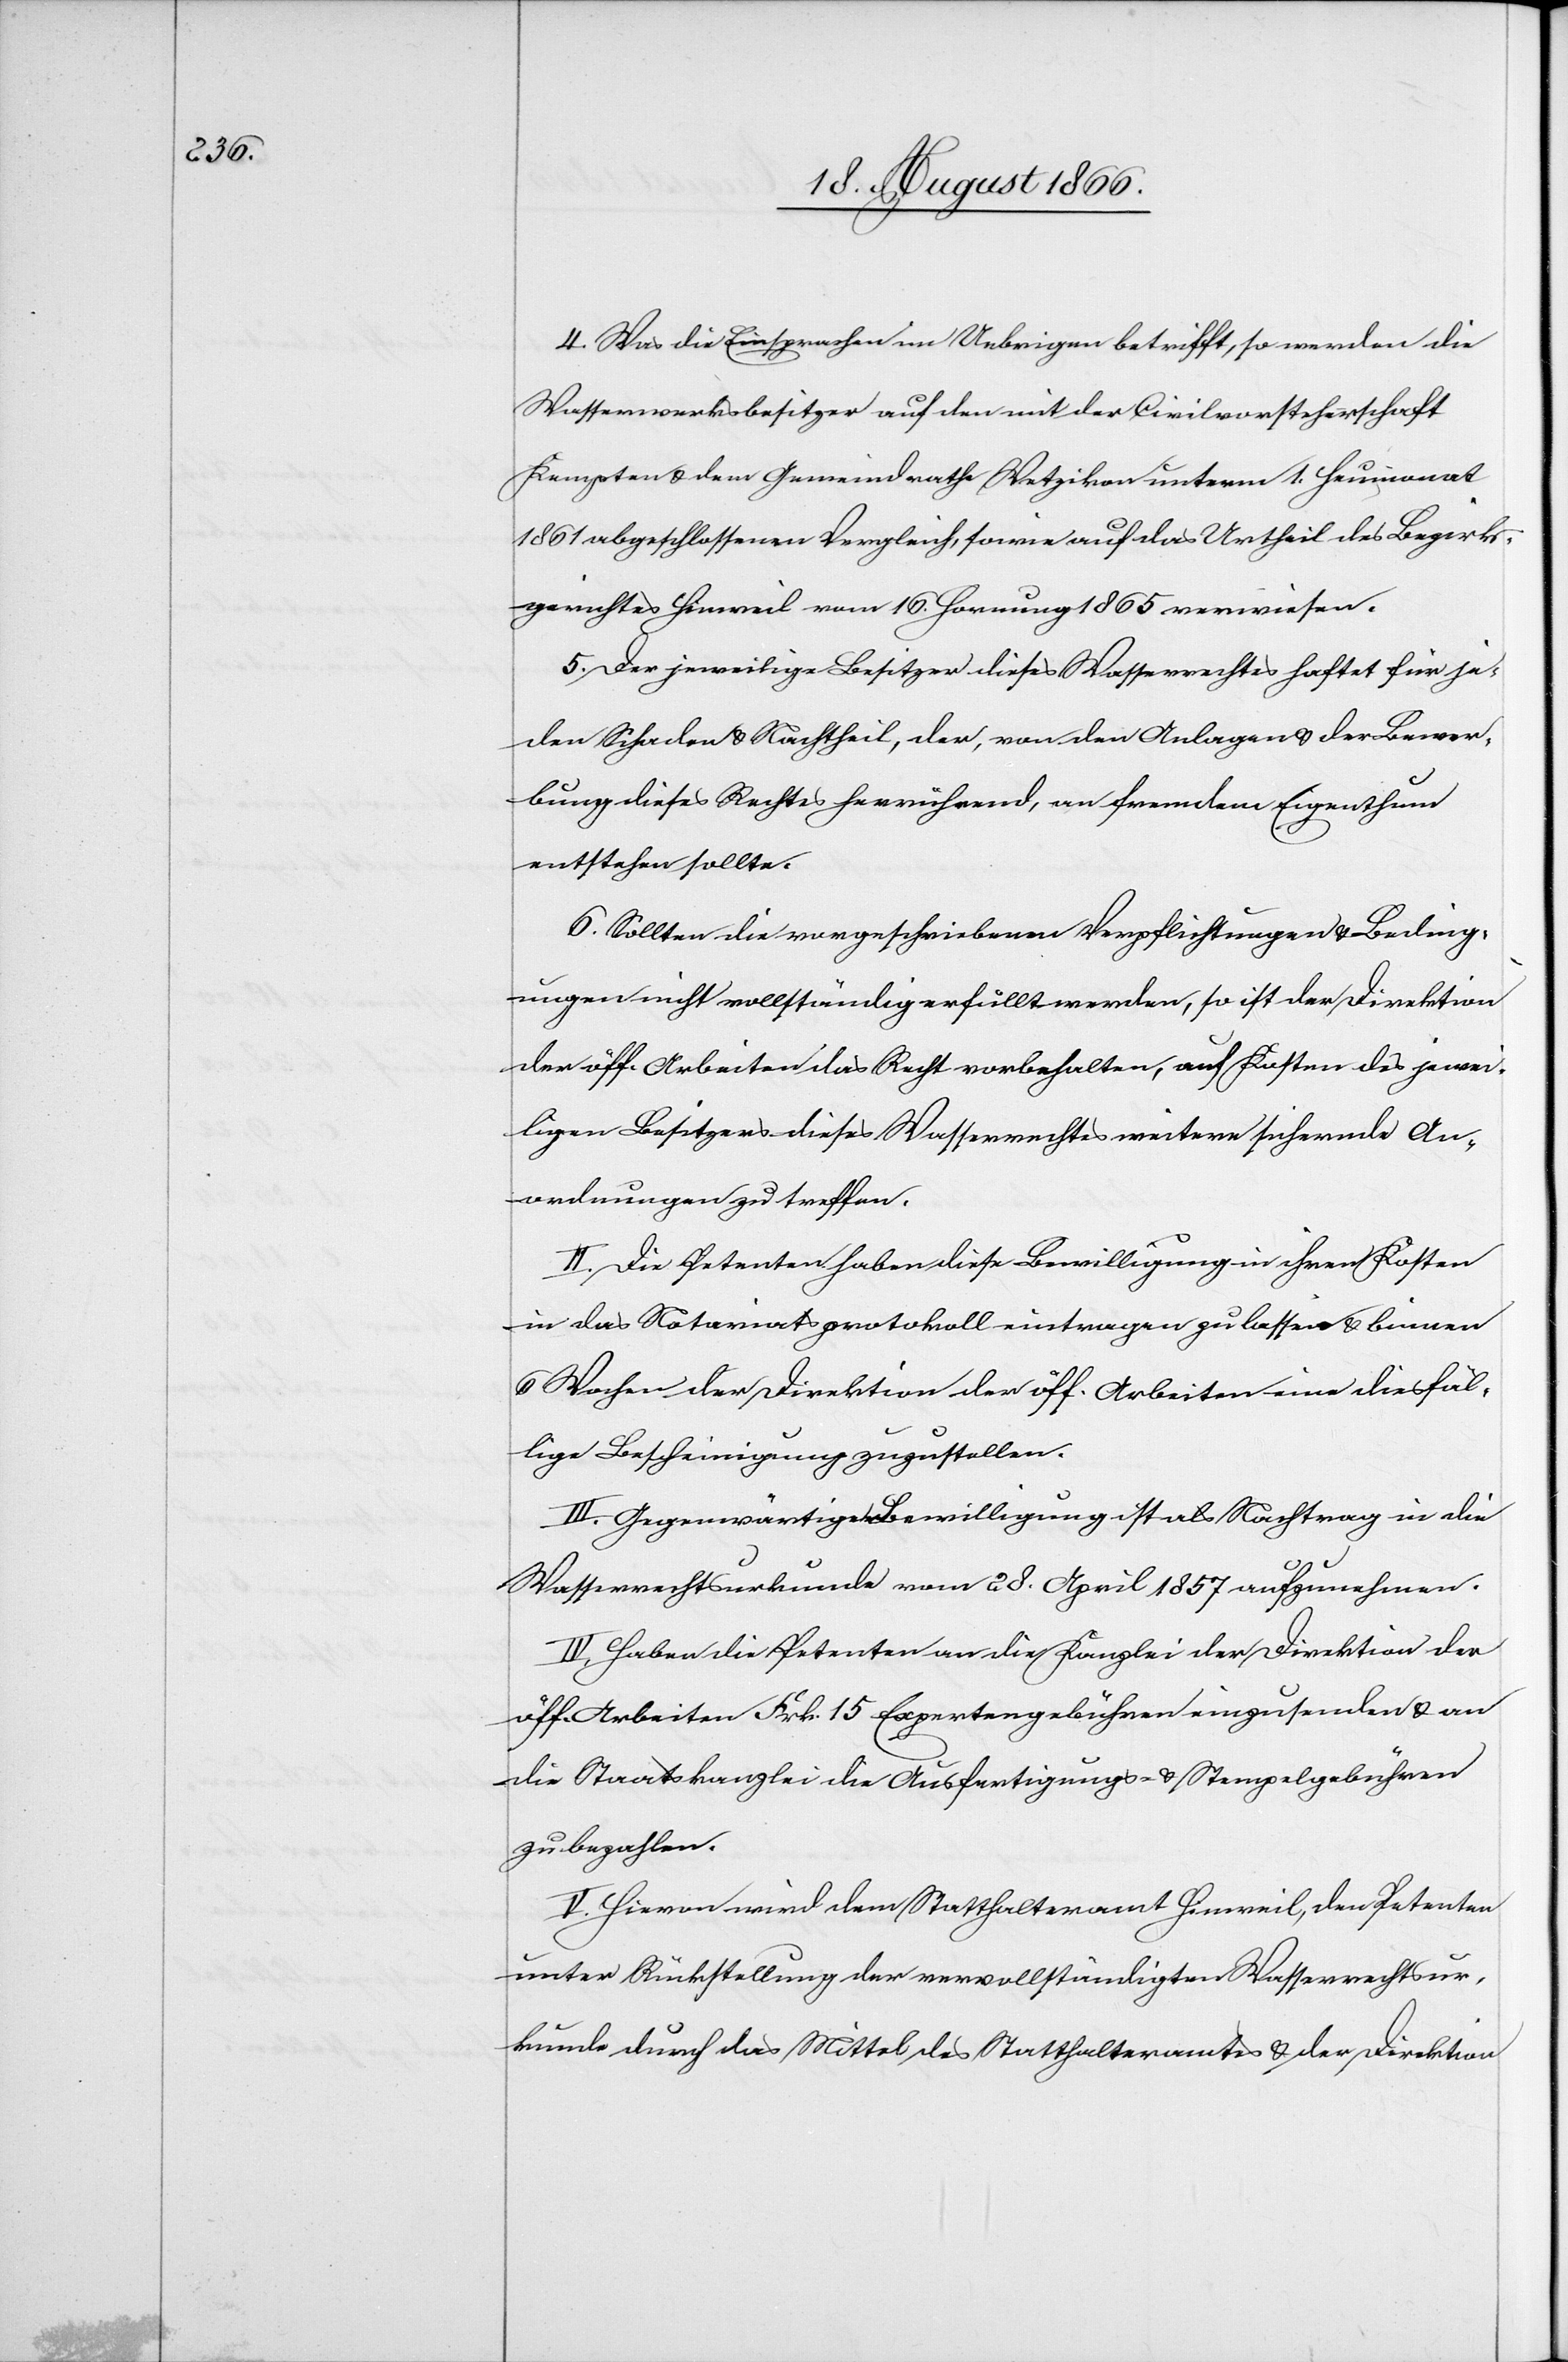
4. Was die Einsprachen im Uebrigen betrifft, so werden die
Wasserwerksbesitzer auf den mit der Civilvorsteherschaft
Kempten u. dem Gemeindrath Wetzikon unterm 1. Heumonat
1861 abgeschlossenen Vergleich, sowie auf das Urtheil des Bezirks¬
gerichtes Hinweil vom 16. Hornung 1865 verwiesen.
5. Der jeweilige Besitzer dieses Wasserrechtes haftet für je¬
den Schaden u. Nachtheil, der, von den Anlagen u. der Bewer¬
bung dieses Rechtes herrührend, an fremdem Eigenthum
entstehen sollte.
6. Sollten die vorgeschriebenen Verpflichtungen u. Beding¬
ungen nicht vollständig erfüllt werden, so ist der Direktion
der öff. Arbeiten das Recht vorbehalten, auf Kosten des jewei¬
ligen Besitzers dieses Wasserrechtes weitere sichernde An¬
ordnungen zu treffen.
II. Die Petenten haben diese Bewilligung in ihren Kosten
in das Notariatsprotokoll eintragen zu lassen u. binnen
6 Wochen der Direktion der öff. Arbeiten eine diesfäl¬
lige Bescheinigung zuzustellen.
III. Gegenwärtige Bewilligung ist als Nachtrag in die
Wasserrechtsurkunde vom 28. April 1857 aufzunehmen.
IV. Haben die Petenten an die Kanzlei der Direktion der
öff. Arbeiten Frk. 15 Expertengebühren einzusenden u. an
die Staatskanzlei die Ausfertigungs- u. Stempelgebühren
zu bezahlen.
V. Hievon wird dem Statthalteramte Hinweil, den Petenten
unter Rückstellung der vervollständigten Wasserrechtsur¬
kunde durch das Mittel des Statthalteramtes u. der Direktion